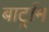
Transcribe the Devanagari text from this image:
बार्ट्राम